Indian journal of veterinary science and animal husbandry - Volume 10,
Year: 1940
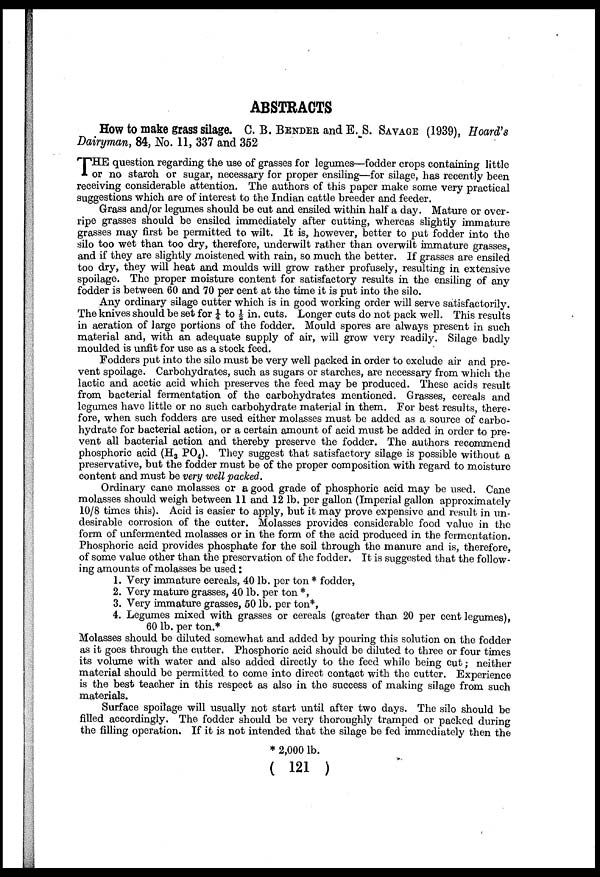
ABSTRACTS
How to make grass silage. C. B. BENDER and E. S. SAVAGE (1939), Hoard's
Dairyman, 84, No. 11, 337 and 352
THE question regarding the use of grasses for legumes—fodder crops containing little
or no starch or sugar, necessary for proper ensiling—for silage, has recently been
receiving considerable attention. The authors of this paper make some very practical
suggestions which are of interest to the Indian cattle breeder and feeder.
Grass and/or legumes should be cut and ensiled within half a day. Mature or over-
ripe grasses should be ensiled immediately after cutting, whereas slightly immature
grasses may first be permitted to wilt. It is, however, better to put fodder into the
silo too wet than too dry, therefore, underwilt rather than overwilt immature grasses,
and if they are slightly moistened with rain, so much the better. If grasses are ensiled
too dry, they will heat and moulds will grow rather profusely, resulting in extensive
spoilage. The proper moisture content for satisfactory results in the ensiling of any
fodder is between 60 and 70 per cent at the time it is put into the silo.
Any ordinary silage cutter which is in good working order will serve satisfactorily.
The knives should be set for ¼ to ½ in. cuts. Longer cuts do not pack well. This results
in aeration of large portions of the fodder. Mould spores are always present in such
material and, with an adequate supply of air, will grow very readily. Silage badly
moulded is unfit for use as a stock feed.
Fodders put into the silo must be very well packed in order to exclude air and pre-
vent spoilage. Carbohydrates, such as sugars or starches, are necessary from which the
lactic and acetic acid which preserves the feed may be produced. These acids result
from bacterial fermentation of the carbohydrates mentioned. Grasses, cereals and
legumes have little or no such carbohydrate material in them. For best results, there-
fore, when such fodders are used either molasses must be added as a source of carbo-
hydrate for bacterial action, or a certain amount of acid must be added in order to pre-
vent all bacterial action and thereby preserve the fodder. The authors recommend
phosphoric acid (H 3 PO 4 ). They suggest that satisfactory silage is possible without a
preservative, but the fodder must be of the proper composition with regard to moisture
content and must be very well packed.
Ordinary cane molasses or a good grade of phosphoric acid may be used. Cane
molasses should weigh between 11 and 12 lb. per gallon (Imperial gallon approximately
10/8 times this). Acid is easier to apply, but it may prove expensive and result in un-
desirable corrosion of the cutter. Molasses provides considerable food value in the
form of unfermented molasses or in the form of the acid produced in the fermentation.
Phosphoric acid provides phosphate for the soil through the manure and is, therefore,
of some value other than the preservation of the fodder. It is suggested that the follow-
ing amounts of molasses be used:
1. Very immature cereals, 40 lb. per ton * fodder,
2. Very mature grasses, 40 lb. per ton *,
3. Very immature grasses, 50 lb. per ton*,
4. Legumes mixed with grasses or cereals (greater than 20 per cent legumes),
60 lb. per ton.*
Molasses should be diluted somewhat and added by pouring this solution on the fodder
as it goes through the cutter. Phosphoric acid should be diluted to three or four times
its volume with water and also added directly to the feed while being cut; neither
material should be permitted to come into direct contact with the cutter. Experience
is the best teacher in this respect as also in the success of making silage from such
materials.
Surface spoilage will usually not start until after two days. The silo should be
filled accordingly. The fodder should be very thoroughly tramped or packed during
the filling operation. If it is not intended that the silage be fed immediately then the
* 2,000 lb.
( 121 )